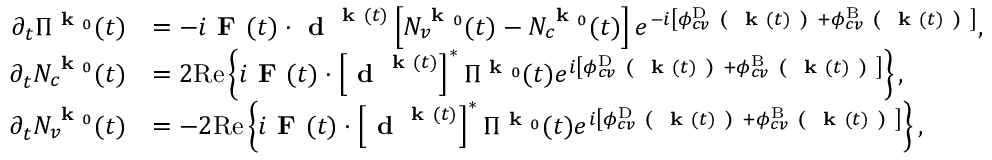
\begin{array} { r l } { \partial _ { t } \Pi ^ { \textbf { k } _ { 0 } } ( t ) } & { = - i \textbf { F } ( t ) \cdot \textbf { d } ^ { \textbf { k } ( t ) } \left[ N _ { v } ^ { \textbf { k } _ { 0 } } ( t ) - N _ { c } ^ { \textbf { k } _ { 0 } } ( t ) \right] e ^ { - i \left[ \phi _ { c v } ^ { \mathrm { D } } \textbf { ( } \textbf { k } ( t ) \textbf { ) } + \phi _ { c v } ^ { \mathrm { B } } \textbf { ( } \textbf { k } ( t ) \textbf { ) } \right] } , } \\ { \partial _ { t } N _ { c } ^ { \textbf { k } _ { 0 } } ( t ) } & { = 2 \mathrm { R e } \left\{ i \textbf { F } ( t ) \cdot \left[ \textbf { d } ^ { \textbf { k } ( t ) } \right] ^ { * } \Pi ^ { \textbf { k } _ { 0 } } ( t ) e ^ { i \left[ \phi _ { c v } ^ { \mathrm { D } } \textbf { ( } \textbf { k } ( t ) \textbf { ) } + \phi _ { c v } ^ { \mathrm { B } } \textbf { ( } \textbf { k } ( t ) \textbf { ) } \right] } \right\} , } \\ { \partial _ { t } N _ { v } ^ { \textbf { k } _ { 0 } } ( t ) } & { = - 2 \mathrm { R e } \left\{ i \textbf { F } ( t ) \cdot \left[ \textbf { d } ^ { \textbf { k } ( t ) } \right] ^ { * } \Pi ^ { \textbf { k } _ { 0 } } ( t ) e ^ { i \left[ \phi _ { c v } ^ { \mathrm { D } } \textbf { ( } \textbf { k } ( t ) \textbf { ) } + \phi _ { c v } ^ { \mathrm { B } } \textbf { ( } \textbf { k } ( t ) \textbf { ) } \right] } \right\} , } \end{array}